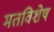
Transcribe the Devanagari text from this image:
मतविशेष